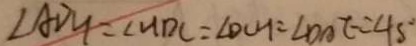
\angle A D H = \angle H D C = \angle D C H = \angle D A E = 4 5 ^ { \circ }